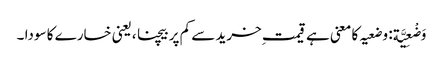
وَضْعِیَّة: وضعیہ کا معنی ہے قیمت ِخرید سے کم پر بیچنا ،یعنی خسارے کا سودا ۔